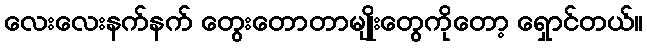
လေးလေးနက်နက် တွေးတောတာမျိုးတွေကိုတော့ ရှောင်တယ်။